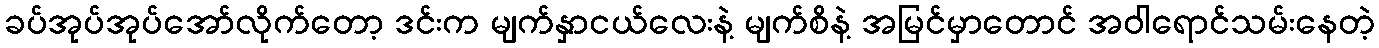
ခပ်အုပ်အုပ်အော်လိုက်တော့ ဒင်းက မျက်နှာငယ်လေးနဲ့ မျက်စိနဲ့ အမြင်မှာတောင် အဝါရောင်သမ်းနေတဲ့